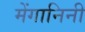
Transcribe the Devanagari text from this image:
मेंगानिनी